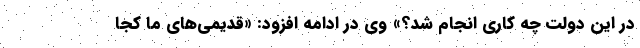
در این دولت چه کاری انجام شد؟» وی در ادامه افزود: «قدیمی‌های ما کجا